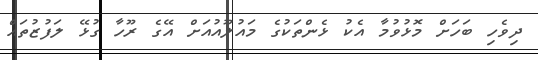
ދިވެހި ބަހަށް މޮޅުވުމާ އެކު ޅެންތަކުގެ މައުލޫއުއަށް އޭގެ ރޫހާ ގުޅޭ ލަފުޒުތައް